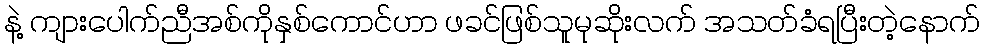
နဲ့ ကျားပေါက်ညီအစ်ကိုနှစ်ကောင်ဟာ ဖခင်ဖြစ်သူမုဆိုးလက် အသတ်ခံရပြီးတဲ့နောက်